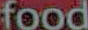
food